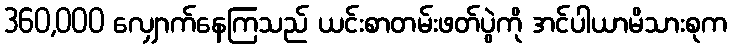
360,000 လျှောက်နေကြသည် ယင်းစာတမ်းဖတ်ပွဲကို အင်ပါယာမိသားစုက